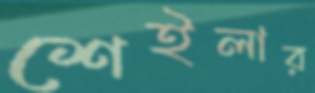
শেইলার